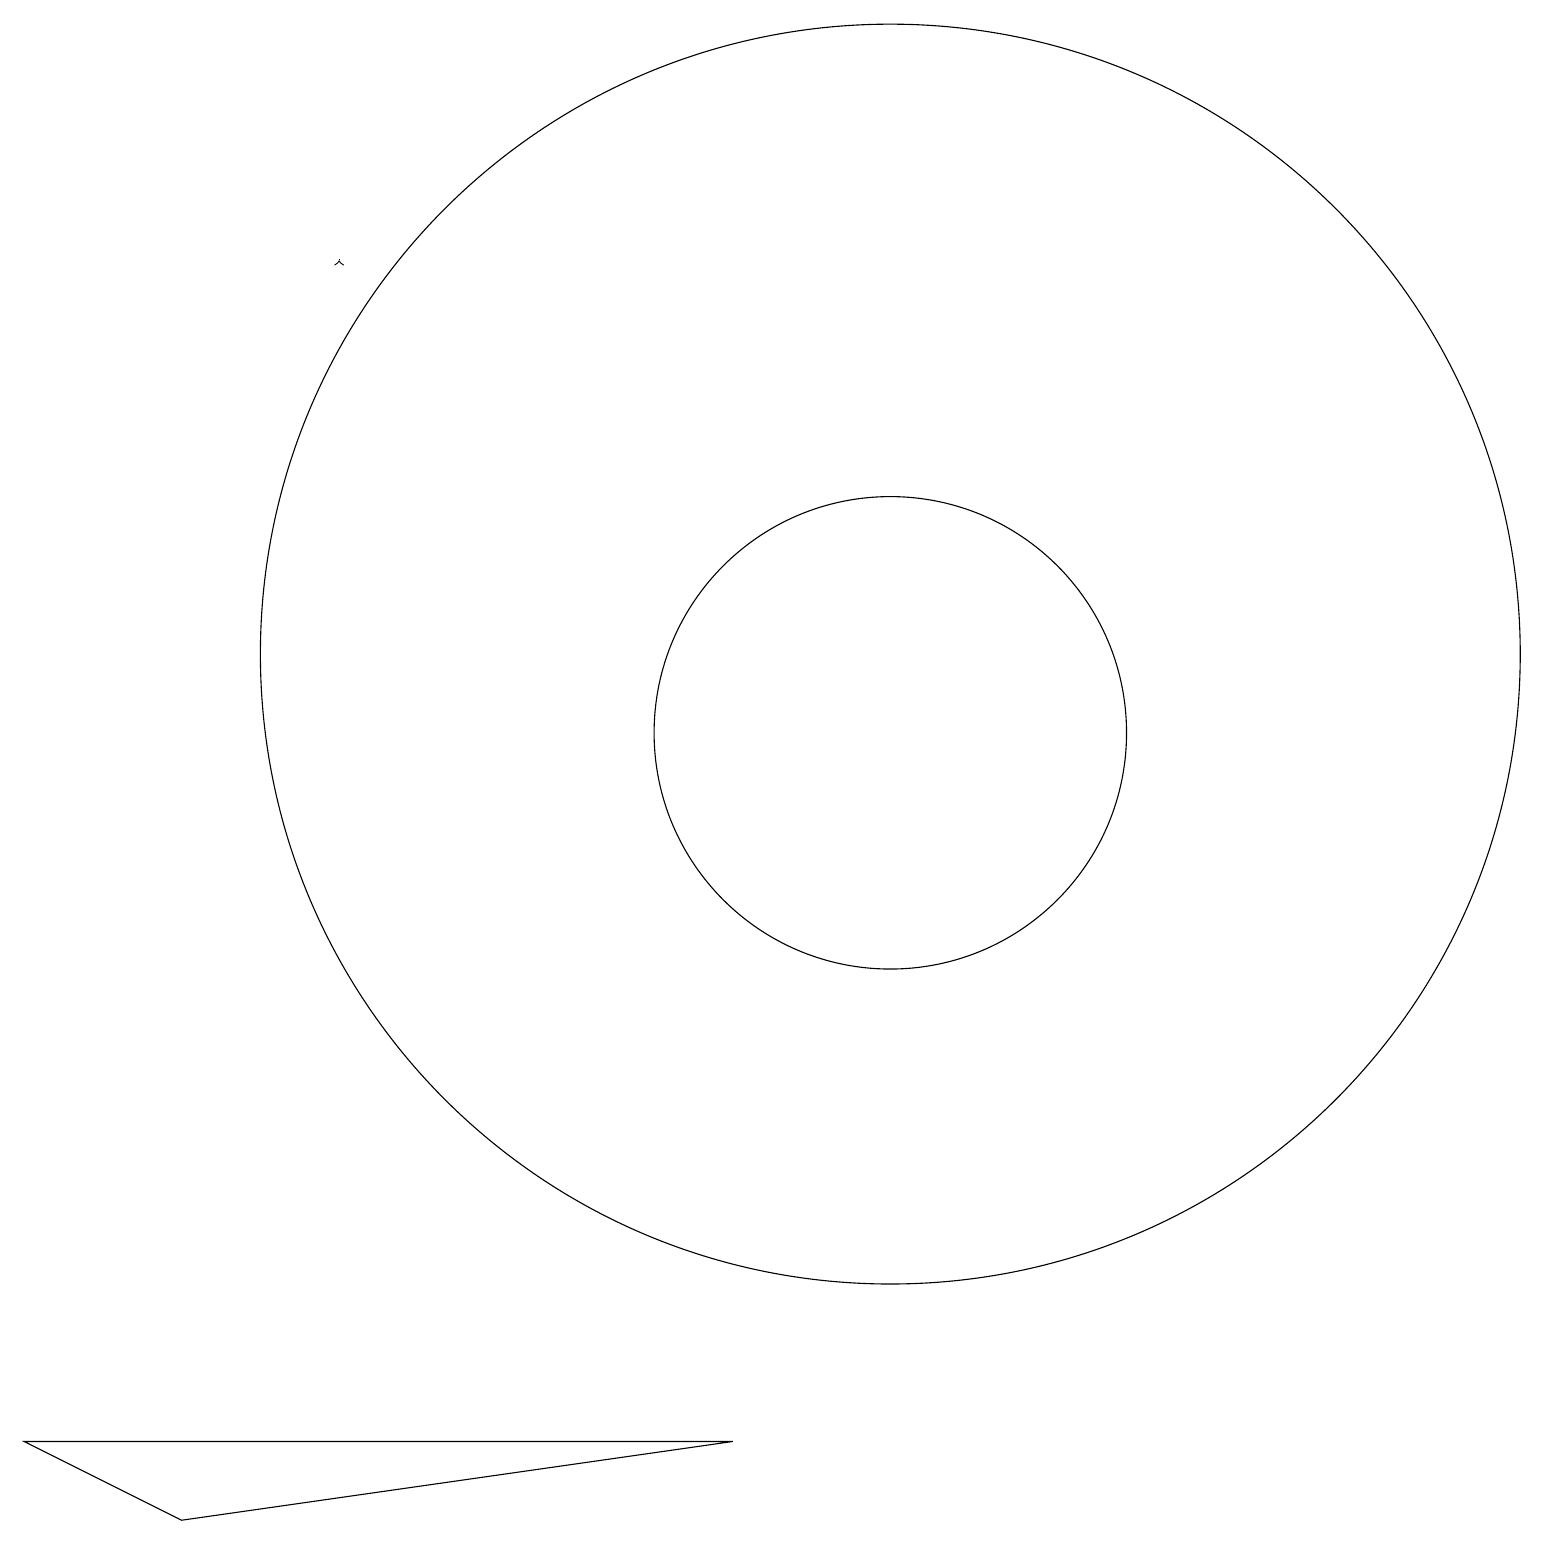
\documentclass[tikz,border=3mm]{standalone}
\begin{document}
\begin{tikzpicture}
\draw (9,2) -- (2,1) -- (0,2) -- cycle;
\draw (11,11) circle (3);
\draw[->] (4,17) -- (4,17);
\draw (11,12) circle (8);
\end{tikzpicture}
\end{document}